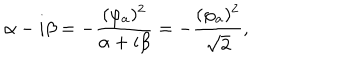
\alpha - i \beta = - { \frac { ( \varphi _ { a } ) ^ { 2 } } { \alpha + i \beta } } = - { \frac { ( \varphi _ { a } ) ^ { 2 } } { \sqrt { 2 } } } ,